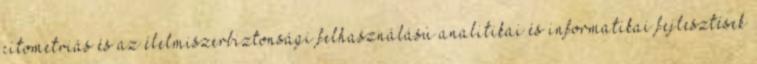
citometriás és az élelmiszerbiztonsági felhasználású analitikai és informatikai fejlesztések